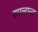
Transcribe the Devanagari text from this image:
शालान्‍त